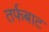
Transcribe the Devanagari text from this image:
तर्फबाट